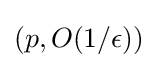
(p,O(1/\epsilon ))